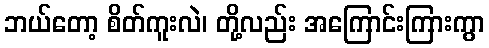
ဘယ်တော့ စိတ်ကူးလဲ၊ တို့လည်း အကြောင်းကြားကွာ